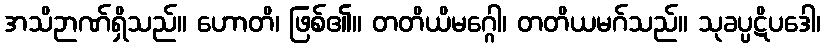
အသိဉာဏ်ရှိသည်။ ဟောတိ၊ ဖြစ်၏။ တတိယိမဂ္ဂေါ၊ တတိယမဂ်သည်။ သုခပ္ပဋိပဒေါ၊